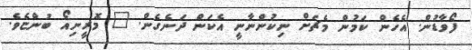
ފޯވާޑުން. އެހެން ކަމުން މެޗަށް ނިކުންނާނީ އެކަން ދަނެގެން. " މޮރީނިއޯ ބުންޏެވެ.